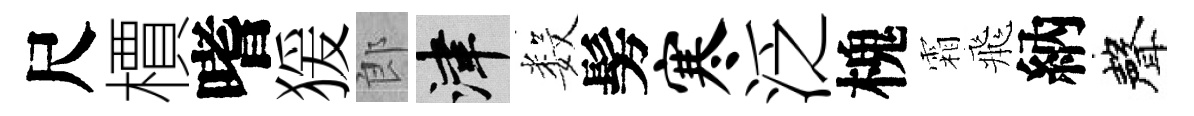
尺檟嗜猨郎津数髣寒泛槐霜飛納聲